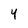
Character: 4